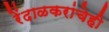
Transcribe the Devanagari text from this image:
रेंदाळकरांचेही